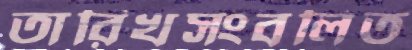
তারিখসংবলিত